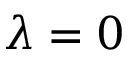
\lambda = 0